Report of the Municipal Commissioner on the plague in Bombay for the year ending 31st May... - Volume 1
Disease focus: Plague
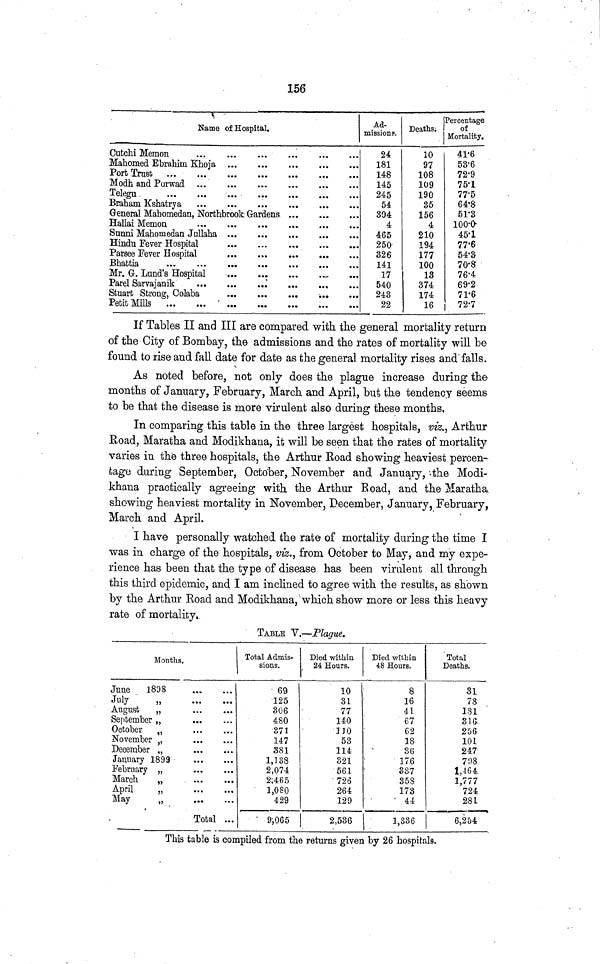
156
Name of Hospital.
Cutchi Memon
Port Trust
Telegu
Hallai Memon
Sunni Mahomedan Jullaha
Hindu Fever Hospital
Parsee Fever Hospital
Bhattia
Petit Mills
Ad-
missions.
24
181
148
145
245
54
804
4
465
250
326
141
17
540
243
22
Deaths.
10
97
108
109
190
35
156
4
210
194
177
100
13
374
174
16
Percentage
of
Mortality,
41·6
53·6
72·9
75·1
77·5
64·8
51·3
100·0
45·1
77·6
54·3
70·8
76·4
69·2
71·6
72·7
If Tables II and III are compared with the general mortality return
of the City of Bombay, the admissions and the rates of mortality will be
found to rise and fall date for date as the general mortality rises and falls.
As noted before, not only does the plague increase during the
months of January, February, March and April, but the tendency seems
to be that the disease is more virulent also during these months.
In comparing this table in the three largest hospitals, viz., Arthur
Road, Maratha and Modikhana, it will be seen that the rates of mortality
varies in the three hospitals, the Arthur Road showing heaviest percen-
tage during September, October, November and January, the Modi-
khana practically agreeing with the Arthur Road, and the Maratha
showing heaviest mortality in November, December, January, February,
March and April.
I have personally watched the rate of mortality during the time I
was in charge of the hospitals, viz., from October to May, and my expe-
rience has been that the type of disease has been virulent all through
this third epidemic, and I am inclined to agree with the results, as shown
by the Arthur Road and Modikhana, which show more or less this heavy
rate of mortality.
TABLE V.—Plague.
Months.
June
1898
July
„
August
„
September
„
October „
November „
December „
January 1899
February „
March
„
April
„
May
„
Total ...
Total Admis-
sions.
69
125
306
480
371
14-7
381
1,138
2,074
2,465
1,080
429
9,065
Died within
24 Hours.
10
31
77
140
110
53
114
S21
561
726
264
129
2,536
Died within
48 Hours.
8
16
41
67
62
18
36
176
337
358
173
44
1,836
Total
Deaths.
31
78
181
316
256
101
247
798
1,464
1,777
724
281
6,254
This table is compiled from the returns given by 26 hospitals.